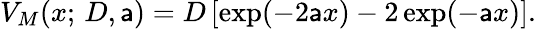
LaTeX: V_{M}(x;\, D,\mathsf{a})=D\left[\exp(-2\mathsf{a}x)-2\exp(-\mathsf{a}x)\right].